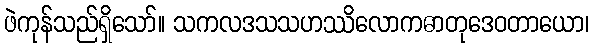
ဖဲကုန်သည်ရှိသော်။ သကလဒသသဟဿိလောကဓာတုဒေဝတာယော၊